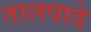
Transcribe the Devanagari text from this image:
तालपादे